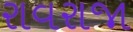
રાવરાજા